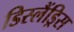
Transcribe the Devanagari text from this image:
डिस्लैंड्रिस